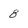
Character: 8